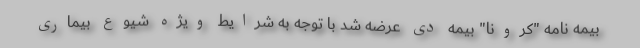
بیمه نامه "کرونا" بیمه دی عرضه شد با توجه به شرایط ویژه شیوع بیماری